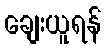
ချေးယူရန်